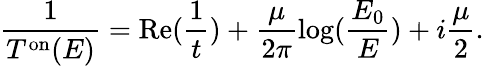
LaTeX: \frac{1}{T^{\mathrm{on}}(E)}=\mathrm{Re}(\frac{1}{t})+\frac{\mu}{2\pi}\log(\frac{E_{0}}{E})+i\frac{\mu}{2}.